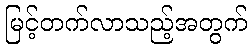
မြင့်တက်လာသည့်အတွက်